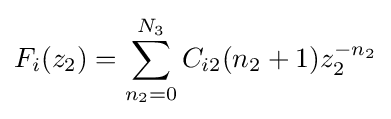
F_{i}(z_{2})=\sum _{n_{2}=0}^{N_{3}}C_{i2}(n_{2}+1)z_{2}^{-n_{2}}